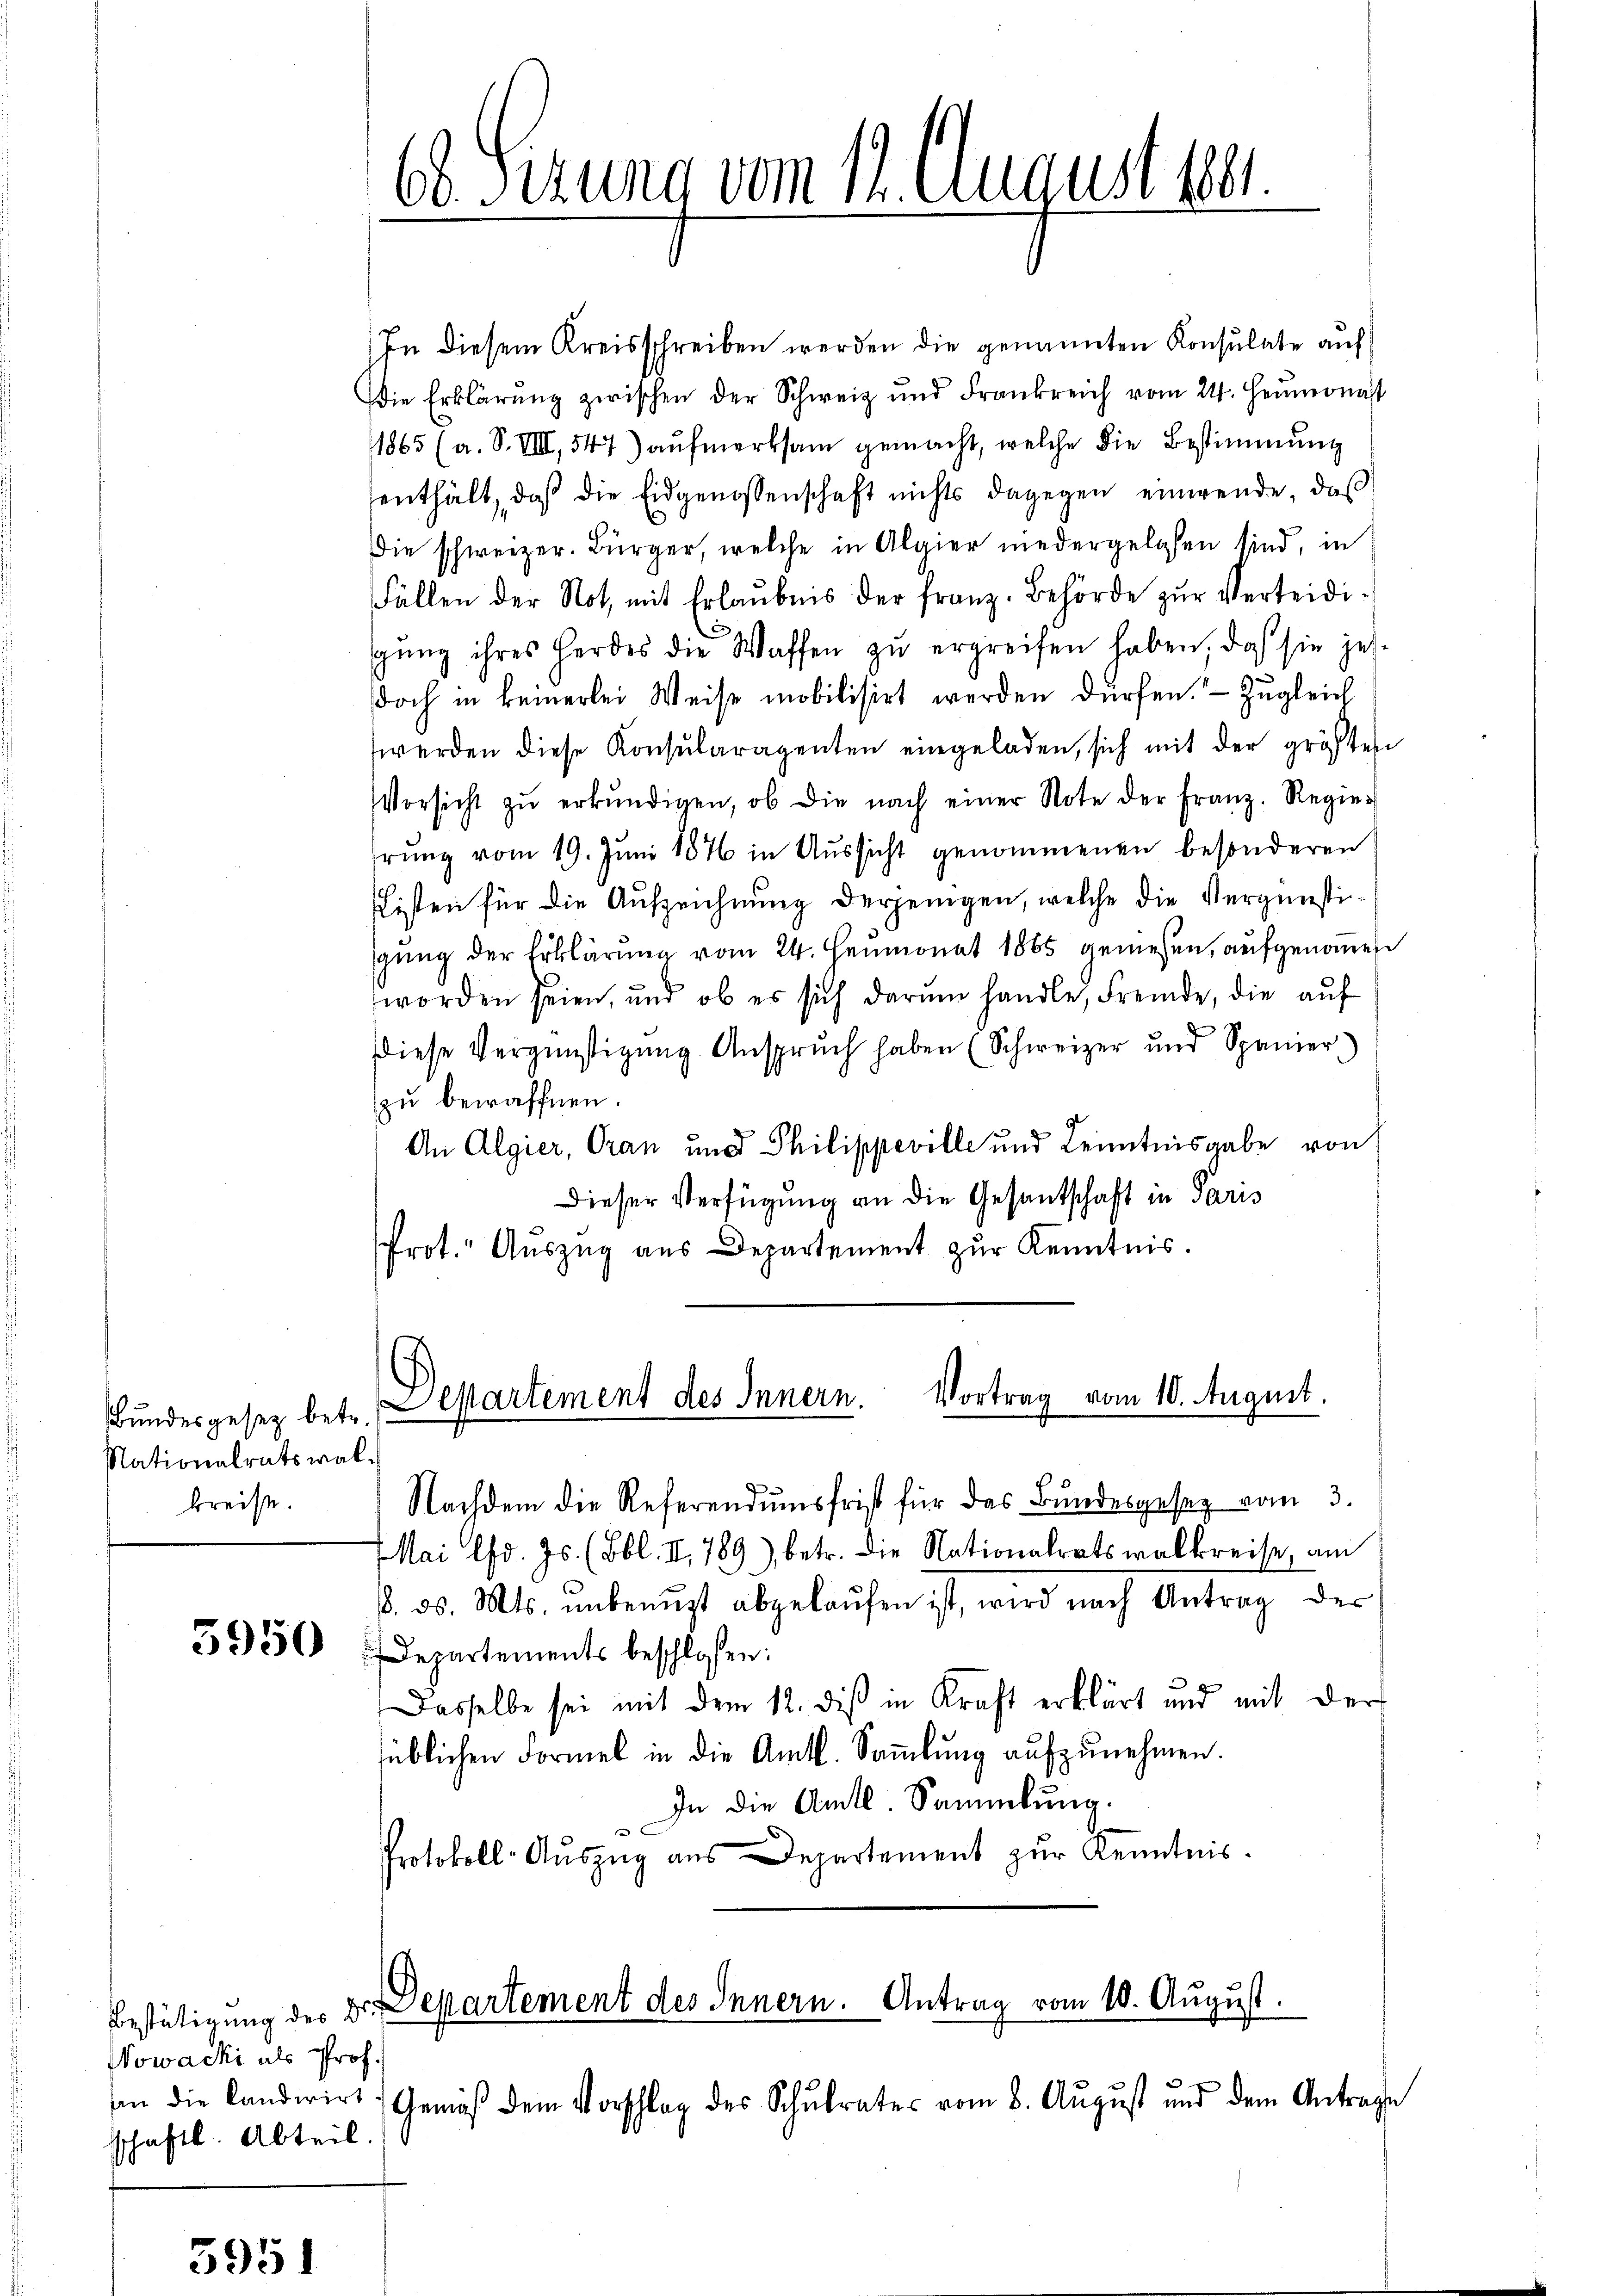
Bundesgesetz betr.
Nationalratswalkreise.

5950

Nowacki als Prof.
an die Candirirt
schaftl. Abteil.

595

In diesem Kreisschreiben werden die genannten Konsulate auf
Die Erklärung zwischen der Schweiz und Frankreich vom 24. Heumonast
1865 (a. S. VIII, 547) aufmerksam gemacht, welche die Bestimmung
enthält, daß die Eidgenossenschaft nichts dagegen einwende, daß
Die schweizer. Bürger, welche in Algier niedergelesen sind, in
Fällen der Not, mit Erlaubnis der Franz. Behörde zur Verteidigŭng ihres Herdes die Waffen zŭ ergreifen haben, daß sie jet
doch in keinerlei Weise mobilisirt werden dürfen. Zugleich
werden diese Konsŭlaragenten eingeladen, sich mit der größten
Vorsicht zŭ erkŭndigen, ob die nach einer Note der Franz. Regier
rung vom 19. Juni 1876 in Aussicht genommenen besonderen
Listen für die Aufzeichnung derjenigen, welche die Vergünstigung der Erklärung vom 24. Heumonat 1865 geniessen, aufgenomen
worden seien, und ob es sich darŭm handle, Fremde, die aŭf
diese Vergünstigŭng Ansprŭch haben (Schweizer und Spanier
zu bewaffnen.
An Algier, Oran und Philippeville und Kenntnisgabe von
Dieser Verfügung an die Gesantschaft in Paris
Prot. Aŭszŭg aŭs Departement zŭr Kenntnis.

b. Sizung vom 12. August ber

Departement des Innern. Vortrag vom 10. August.

Nachdem die Referendumsfrist für das Bundesgesez vom 3.
Mai lfd. Js. (Bbl. II. 789), betr. die Nationalratswalkreise, am
8. d. Mts. unbenuzt abgekaufen ist, wird nach Antrag der
Departements beschlossen:
Dasselbe sei mit dem 12. dieß in Kraft erklärt und mit der
üblichen Formel in die Amtl. Sammlung aufzunehmen.
In die Amts Sammlung.

Protokoll-Aŭszŭg ans Departement zŭr Kenntnis.

Bestätigung des Dr. Departement des Innern. Antrag vom 10. August.

Gemäß dem Vorschlag des Schulrates vom 8. August und dem Antrage